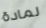
لمادة